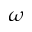
\omega